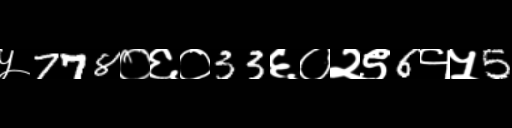
Text: ५778०६०33६०२९6१५5